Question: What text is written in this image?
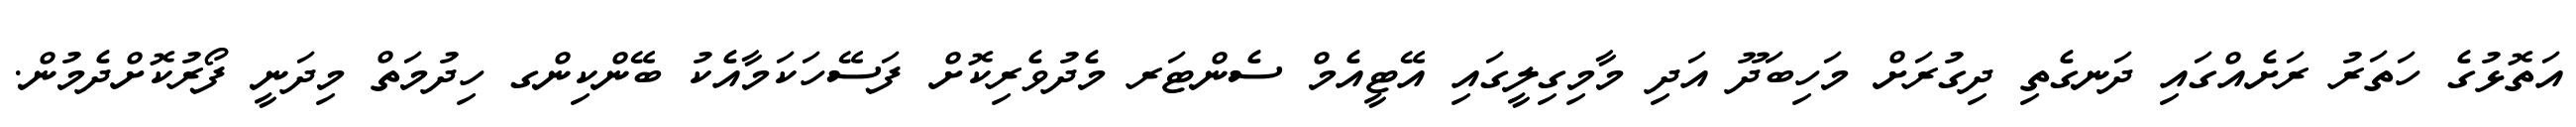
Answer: އަތޮޅުގެ ހަތަރު ރަށެއްގައި ދަނގެތި ދިގުރަށް މަހިބަދޫ އަދި މާމިގިލީގައި އޭޓީއެމް ސެންޓަރ މެދުވެރިކޮށް ފަސޭހަކަމާއެކު ބޭންކިންގ ހިދުމަތް މިދަނީ ފޯރުކޮށްދެމުން.